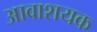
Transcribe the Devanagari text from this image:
आवाशयक